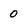
Character: 0